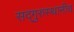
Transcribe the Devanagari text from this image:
सद्‌गुरुस्थानीच